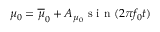
\mu _ { 0 } = \overline { { \mu } } _ { 0 } + A _ { \mu _ { 0 } } \mathrm { ~ s ~ i ~ n ~ } ( 2 \pi f _ { 0 } t )